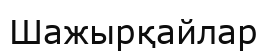
Шажырқайлар